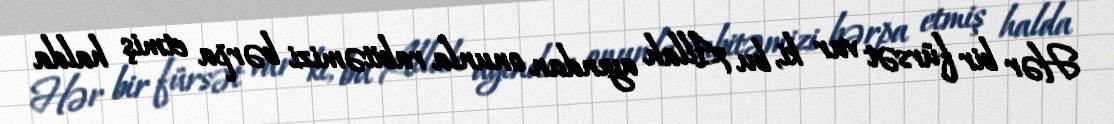
Hər bir fürsət var ki, bu Allah ayından onunla rabitəmizi bərpa etmiş halda